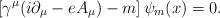
LaTeX: \begin{align*}\left[ \gamma ^\mu (i\partial _\mu -eA_\mu )-m\right] \psi _m(x)=0.\end{align*}